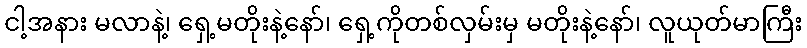
ငါ့အနား မလာနဲ့၊ ရှေ့မတိုးနဲ့နော်၊ ရှေ့ကိုတစ်လှမ်းမှ မတိုးနဲ့နော်၊ လူယုတ်မာကြီး